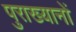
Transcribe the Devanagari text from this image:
पुराख्यानों